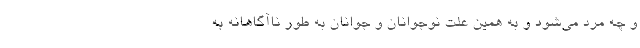
و چه مرد می‌شود و به همین علت نوجوانان و جوانان به طور ناآگاهانه به